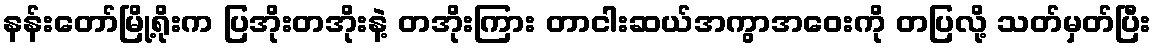
နန်းတော်မြို့ရိုးက ပြအိုးတအိုးနဲ့ တအိုးကြား တာငါးဆယ်အကွာအဝေးကို တပြလို့ သတ်မှတ်ပြီး